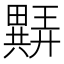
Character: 𬏖